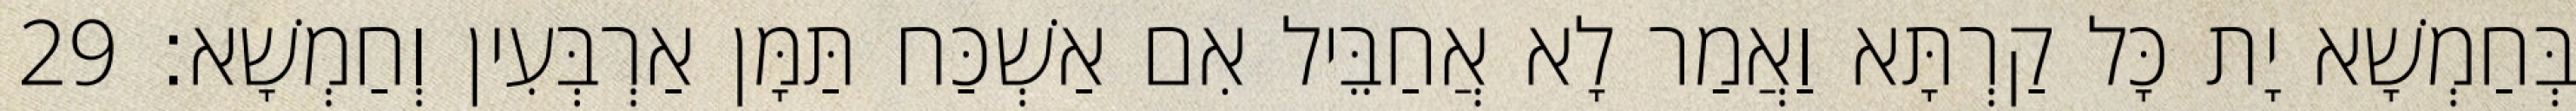
בְּחַמְשָׁא יָת כָּל קַרְתָּא וַאֲמַר לָא אֲחַבֵּיל אִם אַשְׁכַּח תַּמָּן אַרְבְּעִין וְחַמְשָׁא׃ 29